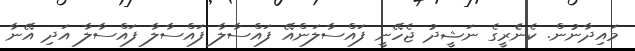
މައިދާނުން. ކެނެެރީގެ ނަޝީދު ޖެހޭނީ ފައްސާލަންއޭ ފައްސާލާ ފައްސާލާ ފައްސާލާ އަދި އޭނާ